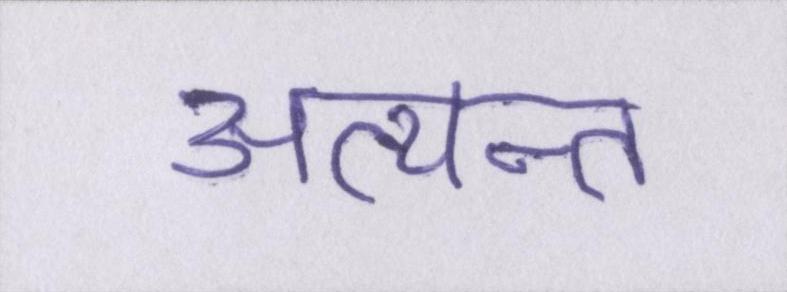
अत्यन्त